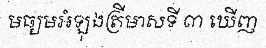
មធ្យមអំឡុងត្រីមាសទី ៣ ឃើញ